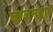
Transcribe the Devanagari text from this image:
छाजनदार